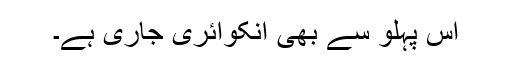
اس پہلو سے بھی انکوائری جاری ہے۔